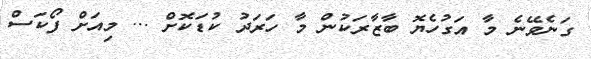
ގަނެވޭނެ މާ އަގުހެޔޮ ބާޒާރަކުން މާ ހަރަދު ކުޑަކޮށް ... މިއަށް ފޯކަސް